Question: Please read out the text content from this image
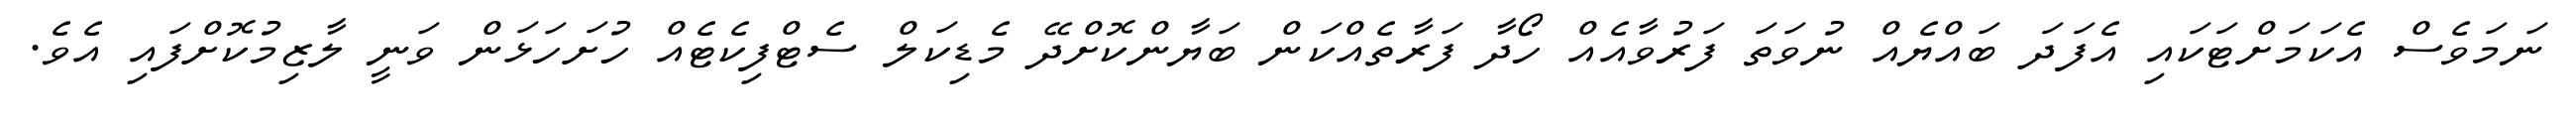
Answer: ނަމަވެސް އެކަމަށްޓަކައި އެފަދަ ބައްޔެއް ނުވަތަ ފަރުވާއެއް ހޯދާ ފަރާތެއްކަން ބަޔާންކޮށްދޭ މެޑިކަލް ސެޓްފިކެޓެއް ހުށަހަޅަން ވަނީ ލާޒިމުކޮށްފައި އެވެ.